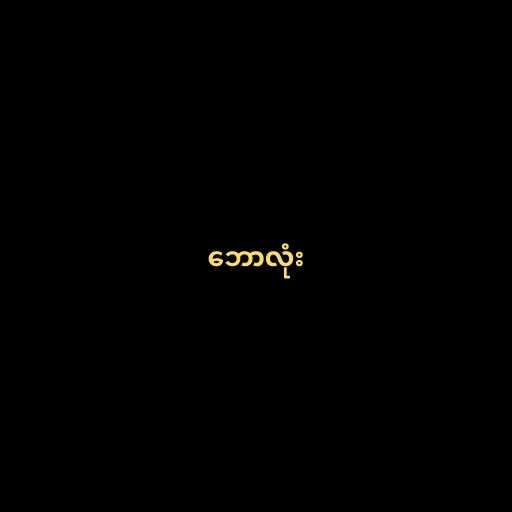
ဘောလုံး